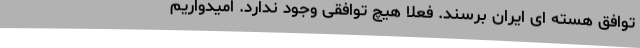
توافق هسته ای ایران برسند. فعلا هیچ توافقی وجود ندارد. امیدواریم